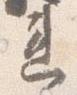
違